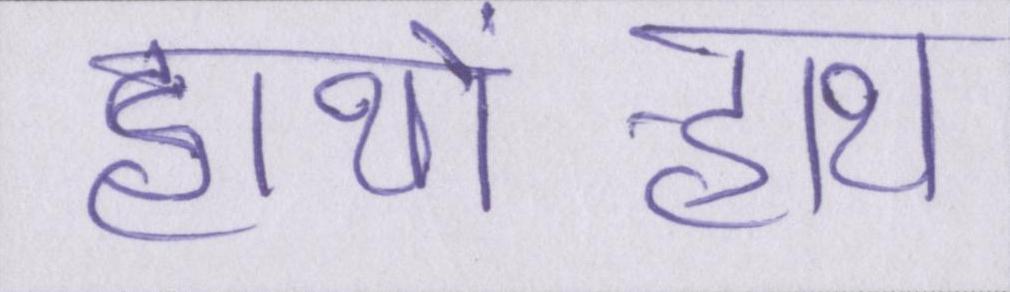
हाथों-हाथ